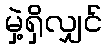
မှဲ့ရှိလျှင်